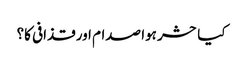
کیا حشر ہوا صدام اور قذافی کا؟